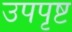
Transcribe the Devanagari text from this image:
उपपृष्ट